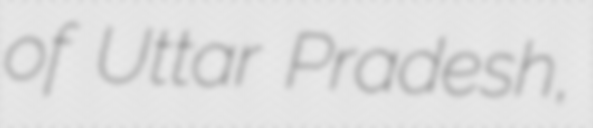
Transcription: of Uttar Pradesh,